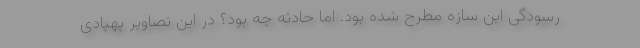
رسودگی این سازه مطرح شده بود. اما حادثه چه بود؟ در این تصاویر پهپادی